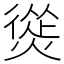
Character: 熧